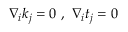
\nabla _ { i } k _ { j } = 0 \, \, , \, \, \nabla _ { i } t _ { j } = 0